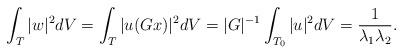
LaTeX: \begin{align*} \int_T | w |^2 dV = \int_T | u(Gx) |^2 dV = |G|^{-1} \int_{T_0} | u|^2 dV = \frac{1}{\lambda_1 \lambda_2}.\end{align*}